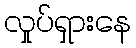
လှုပ်ရှားနေ